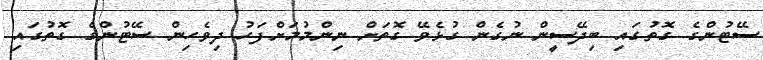
ސޭޓުންގެ ގޮތުގައި ބިދޭސީން ނުގެން ގުޅެވޭ ގޮތަށް ނިންމުމަށްފަހު ދިވެހިން ސޭޓުންގެ ގޮތުގައި